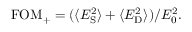
\mathrm { F O M } _ { + } = ( \langle E _ { \mathrm { S } } ^ { 2 } \rangle + \langle E _ { \mathrm { D } } ^ { 2 } \rangle ) / E _ { 0 } ^ { 2 } .